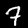
Digit: 7